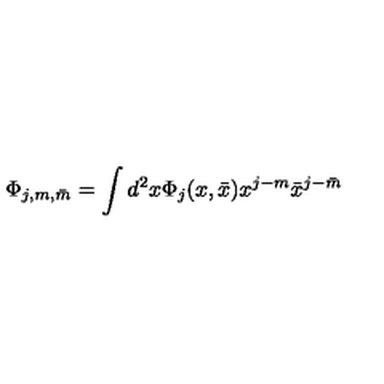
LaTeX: \Phi _ { j , m , \bar { m } } = \int d ^ { 2 } x \Phi _ { j } ( x , \bar { x } ) x ^ { j - m } \bar { x } ^ { j - \bar { m } }